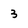
Character: 3